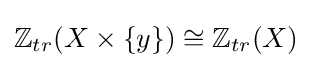
\mathbb {Z} _{tr}(X\times \{y\})\cong \mathbb {Z} _{tr}(X)